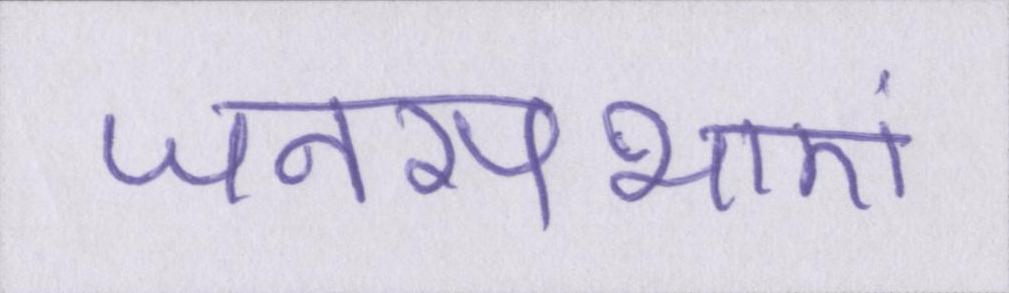
जनसभाएं